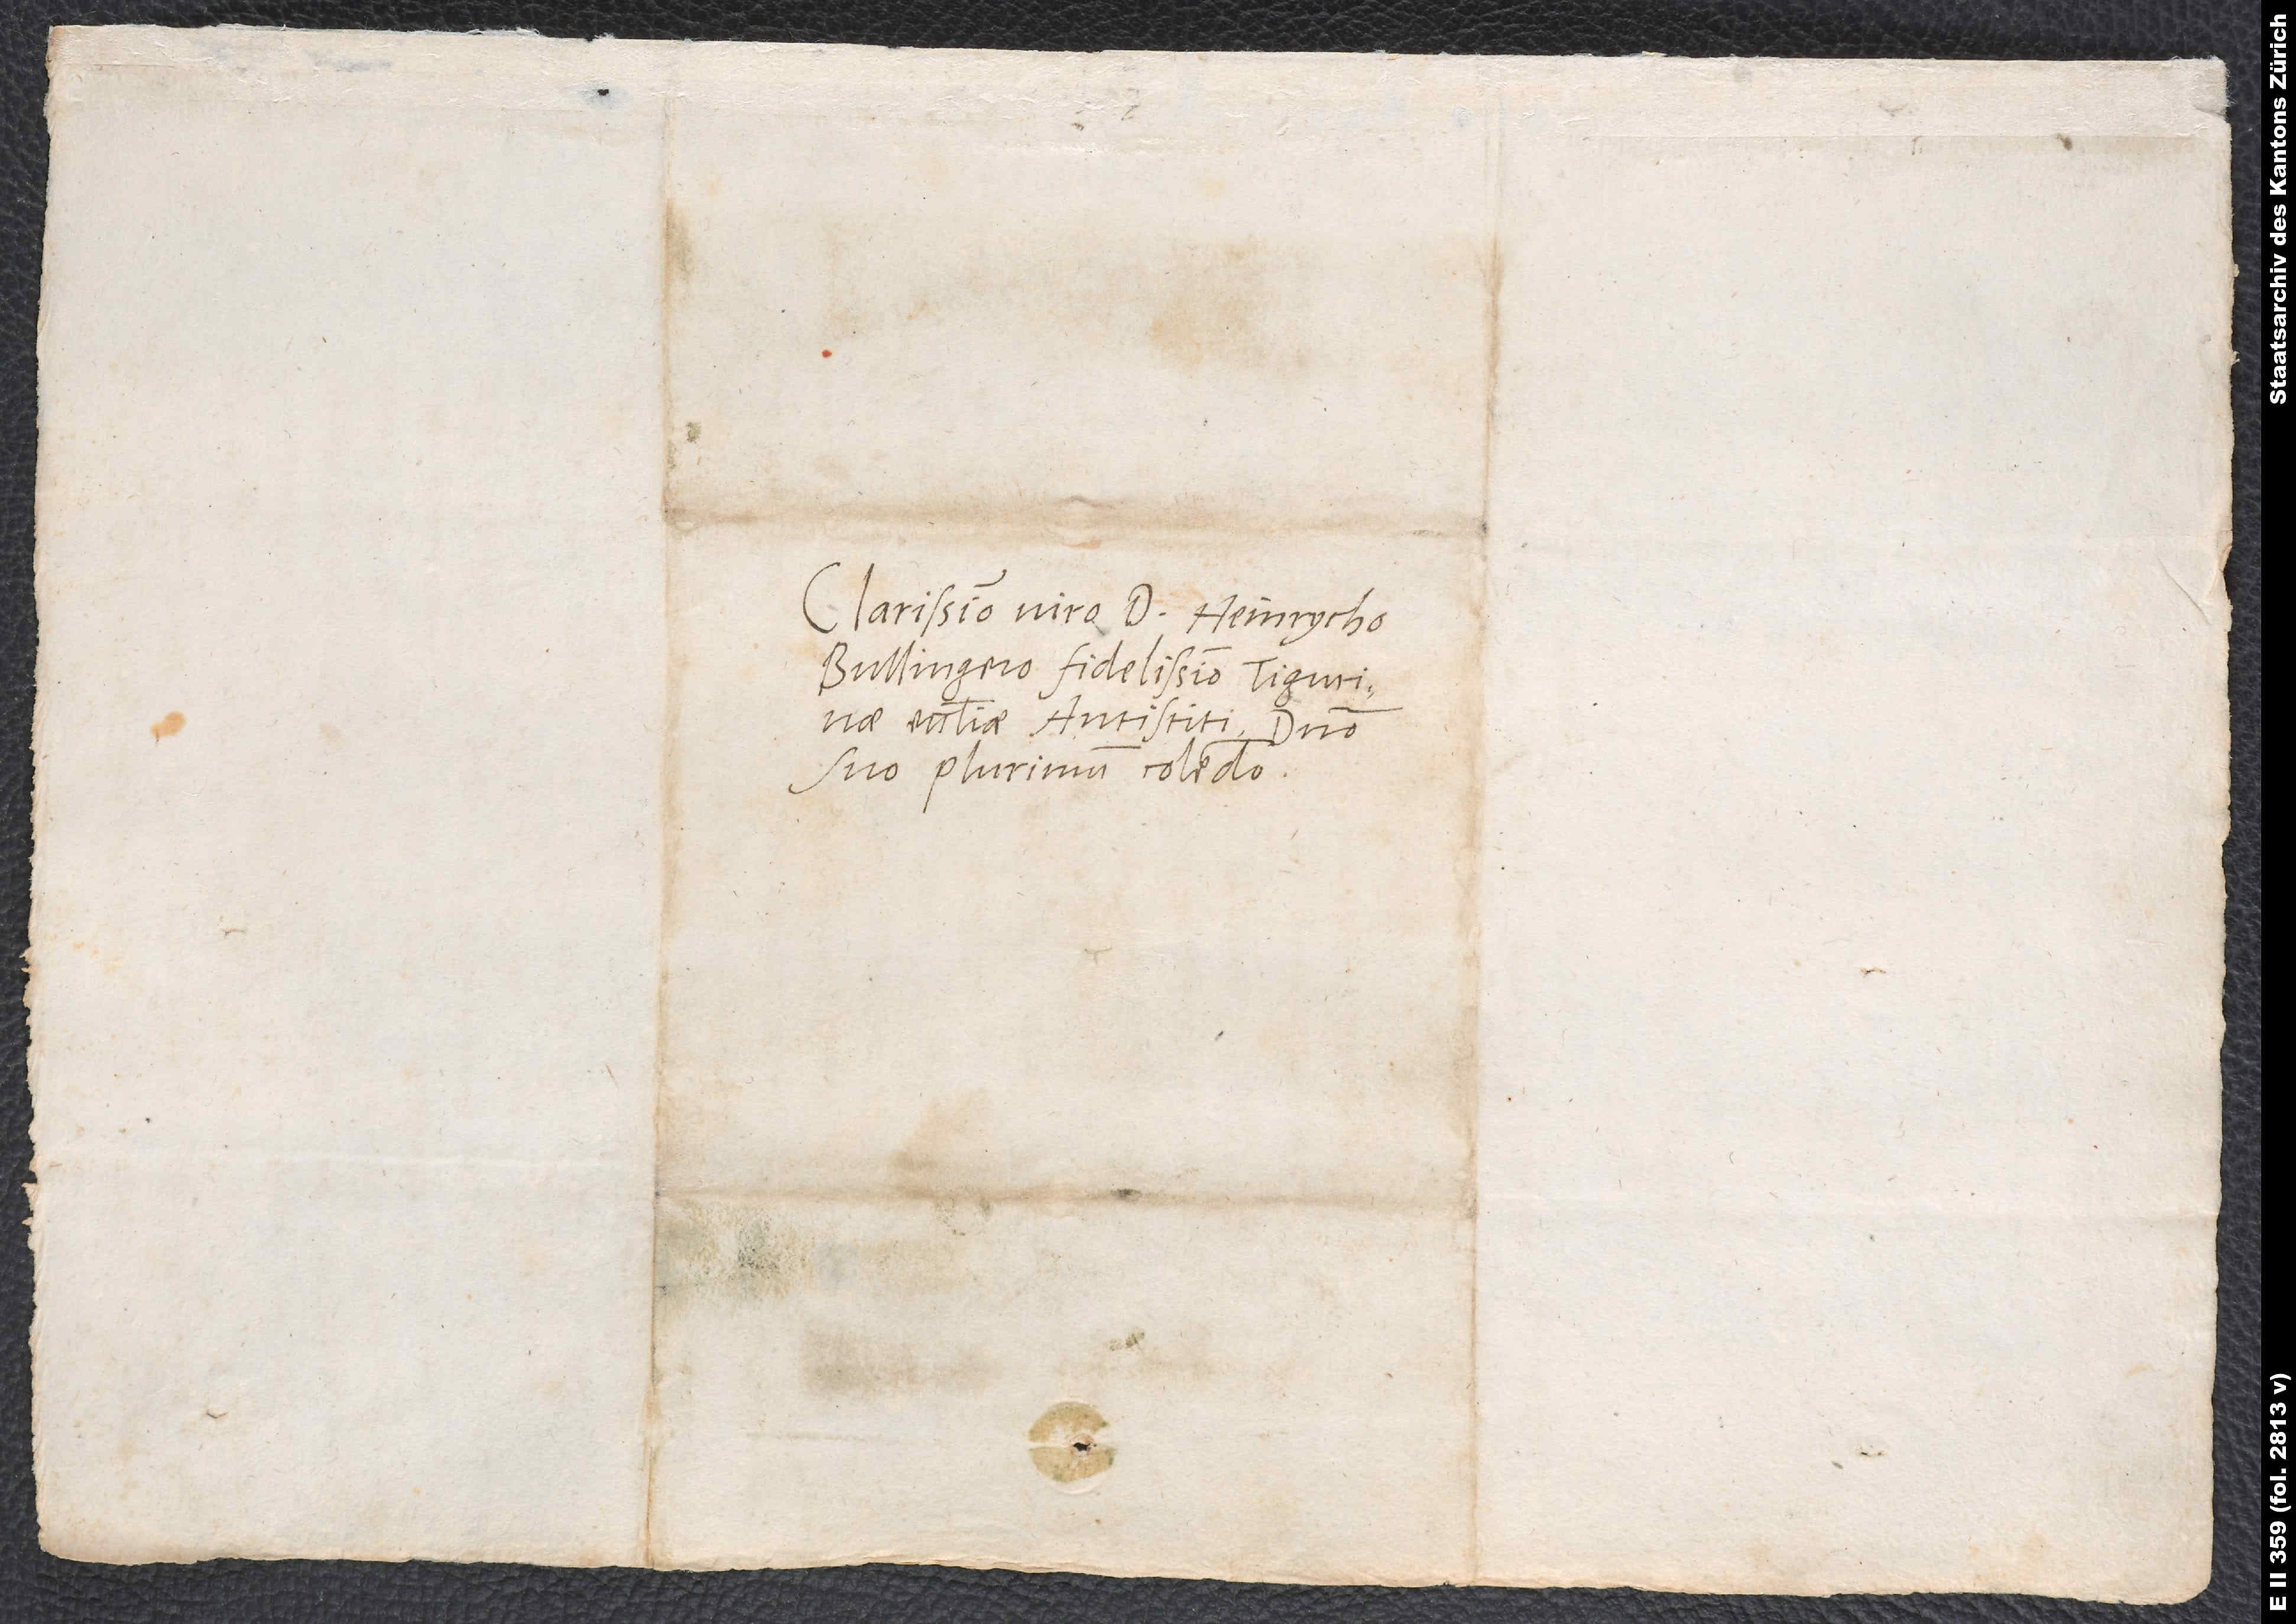
Clarissimo viro d. Heinrycho
Bullingero, fidelissimo Tigurinae
ecclesiae antistiti, domino
suo plurimum colendo.